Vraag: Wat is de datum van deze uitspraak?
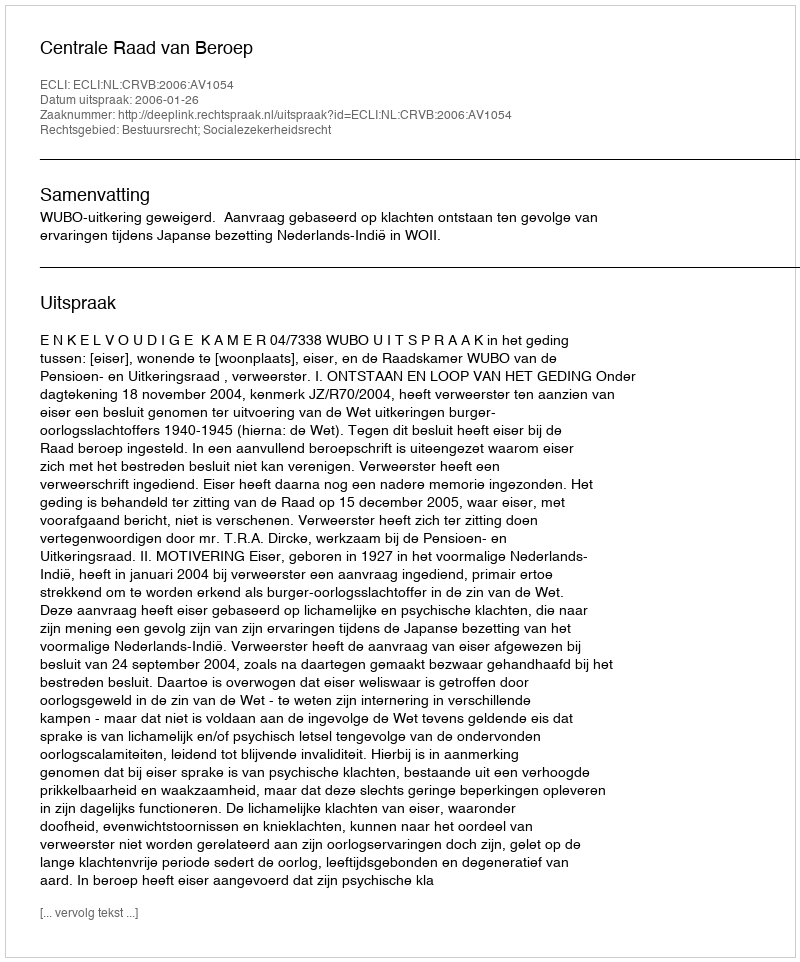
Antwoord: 2006-01-26